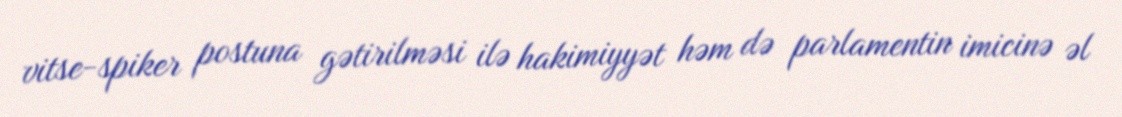
vitse-spiker postuna gətirilməsi ilə hakimiyyət həm də parlamentin imicinə əl